38_143685_box7_Incident_Summaries_1-100
Agency: Department of War
Page 29
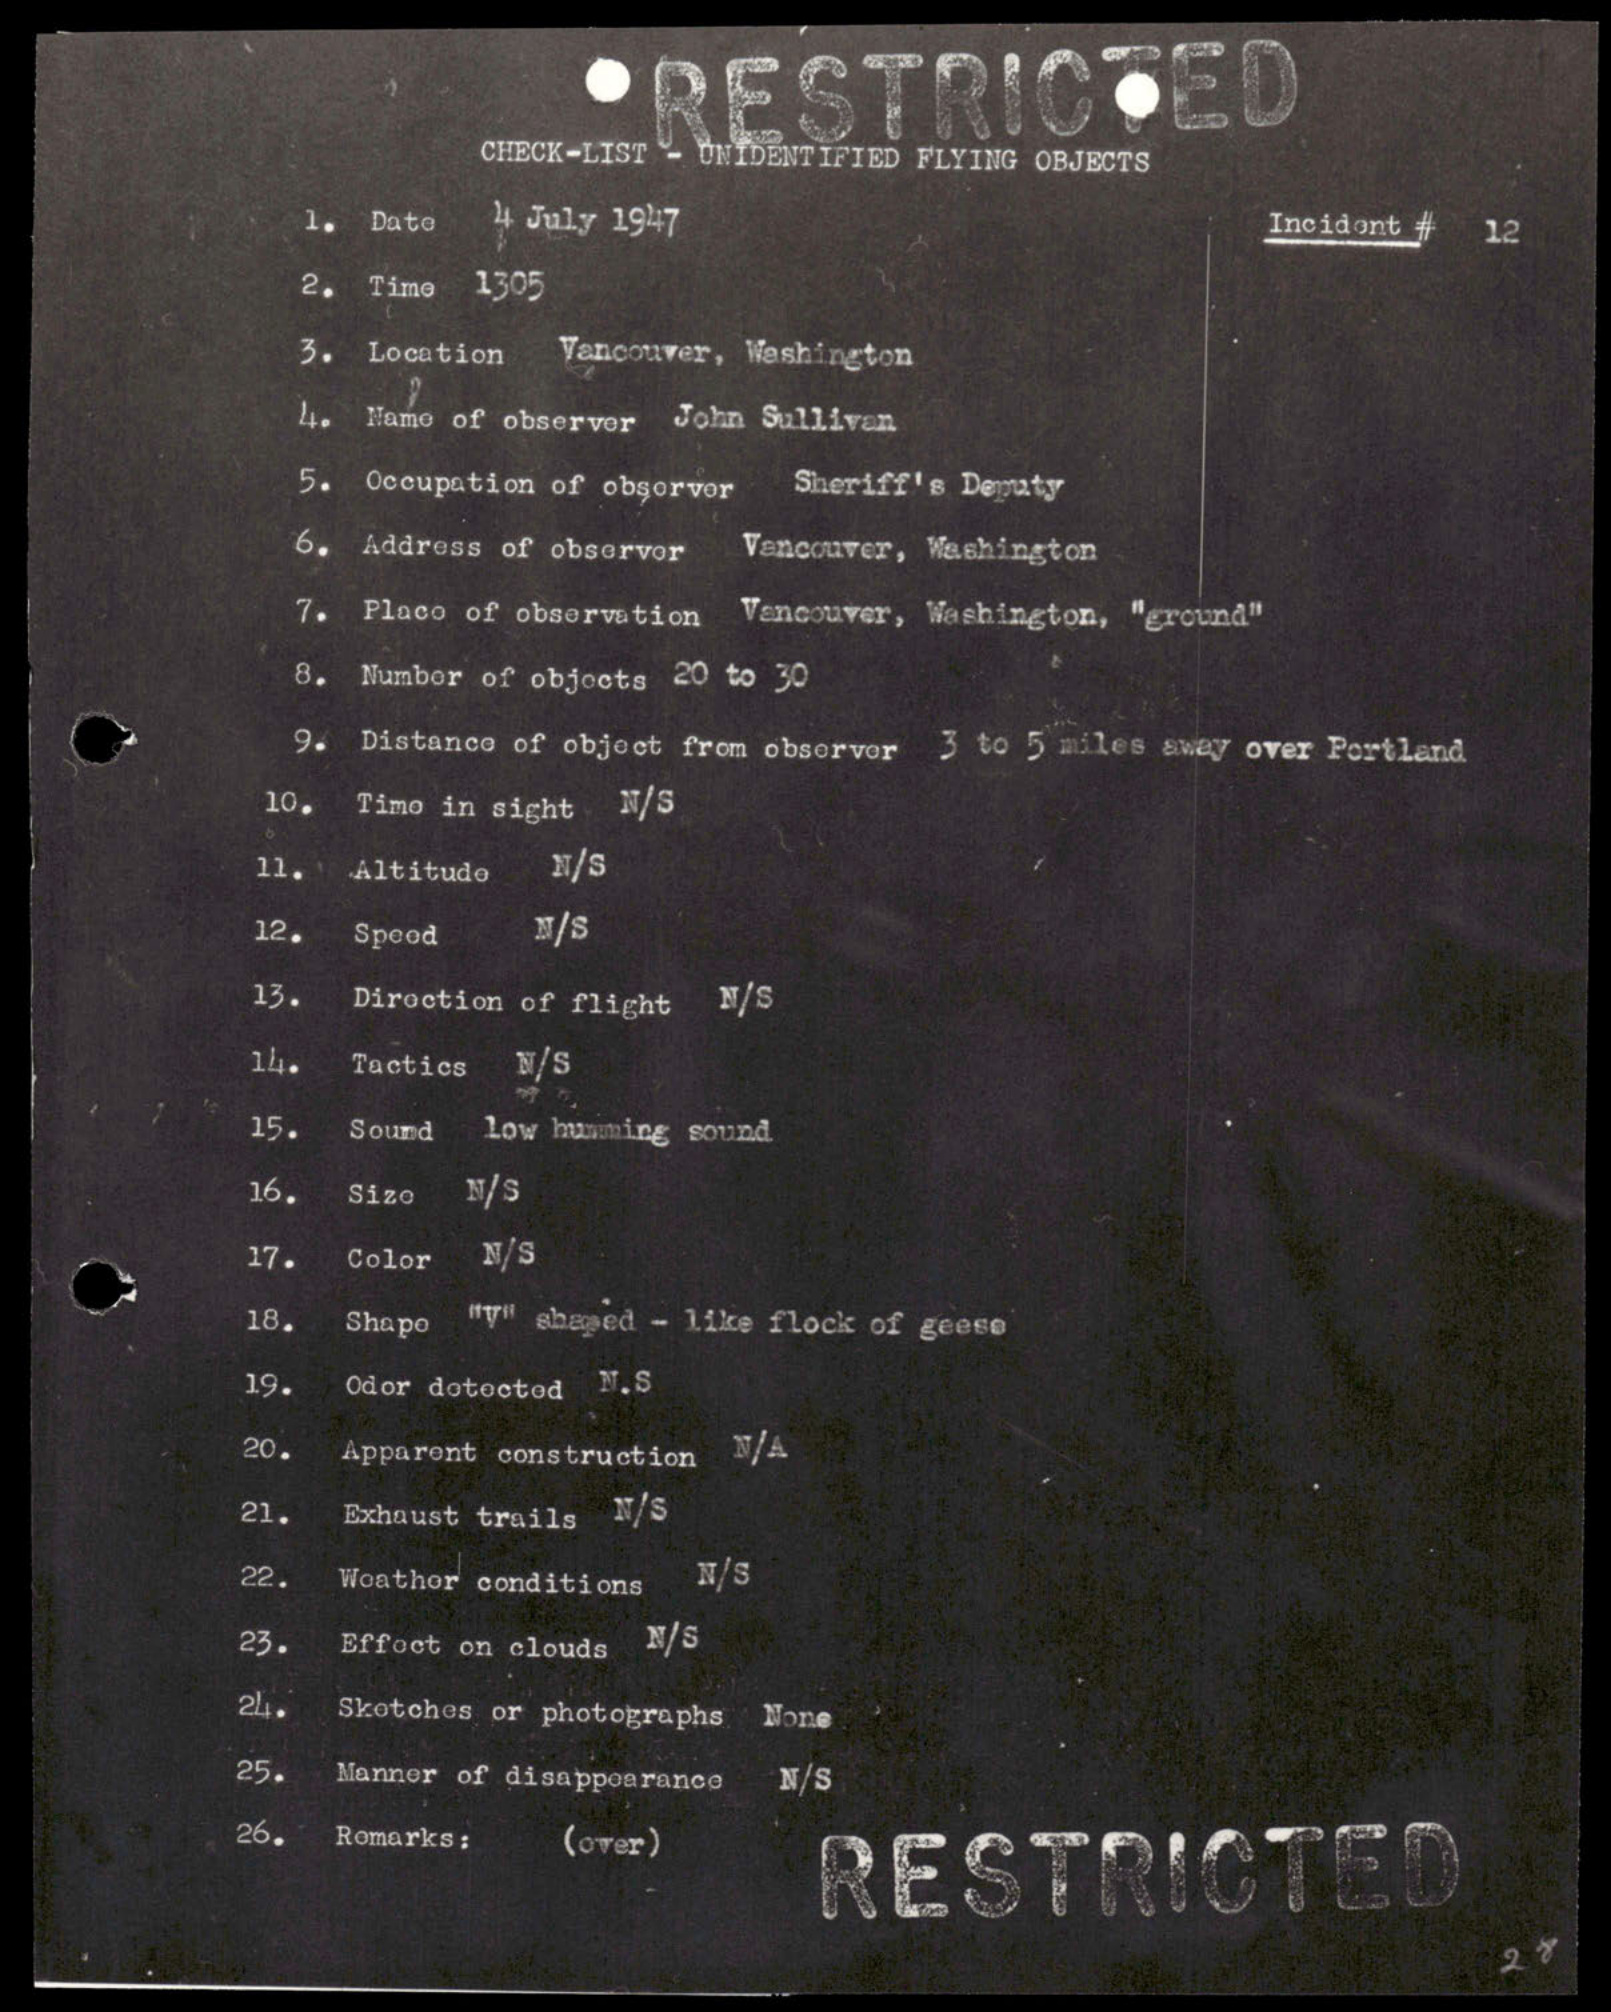